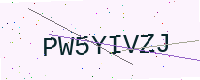
Text: PW5YIVZJ